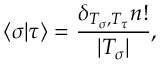
\langle \sigma | \tau \rangle = \frac { \delta _ { T _ { \sigma } , T _ { \tau } } n ! } { | T _ { \sigma } | } ,